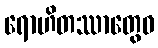
ရောဟိတဿာတွေဝ